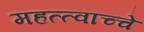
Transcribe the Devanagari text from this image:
महत्त्वाच्चे